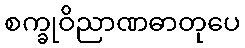
စက္ခုဝိညာဏဓာတုပေ